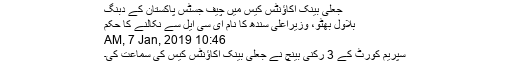
جعلی بینک اکاؤنٹس کیس میں چیف جسٹس پاکستان کے دبنگ
بلاول بھٹو، وزیراعلیٰ سندھ کا نام ای سی ایل سے نکالنے کا حکم
10:46 AM, 7 Jan, 2019
سپریم کورٹ کے 3 رکنی بینچ نے جعلی بینک اکاؤنٹس کیس کی سماعت کی۔